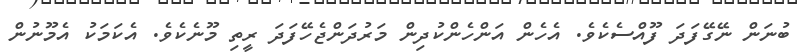
ބުނަން ނޭގޭފަދަ ފޫއްސެކެވެ. އެހެން އަންހެންކުދިން މަރުދަންޖެހޭފަދަ ރީތި މޫނެކެވެ. އެކަމަކު އެމޫނުން